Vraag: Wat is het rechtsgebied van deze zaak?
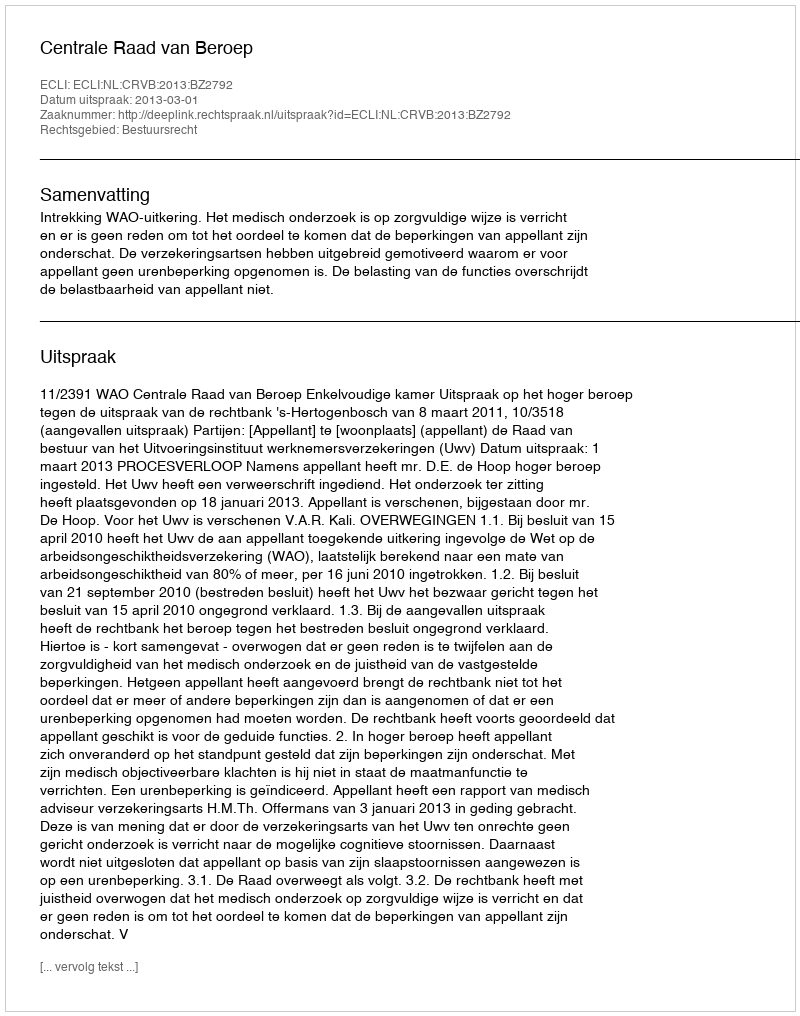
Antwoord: Bestuursrecht